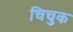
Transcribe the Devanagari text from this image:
चिचुक